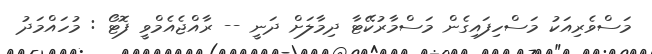
މަސްވެރިއަކު މަސްހިފައިގެން މަސްމާރުކޭޓާ ދިމާލަށް ދަނީ -- ރާއްޖެއެމްވީ ފޮޓޯ : މުހައްމަދު